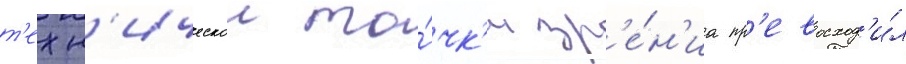
т'ехн'ическои то́чк'и зр'е́н'иа пр'евосход'и́л